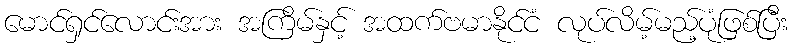
မောင်ရှင်လောင်းအား အကြိမ်နှင့် အထက်ဗမာနိုင်ငံ လုပ်လိမ့်မည့်ပုံဖြစ်ပြီး